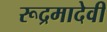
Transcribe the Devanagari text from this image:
रूद्रमादेवी